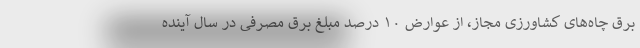
برق چاه‌های کشاورزی مجاز، از عوارض ۱۰ درصد مبلغ برق مصرفی در سال آینده